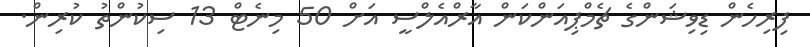
ފިރިހެން ޑިވިޝަންގެ ޗެމްޕިއަންކަން އާރްއެލްސީ އަށް 50 މިނެޓް 13 ސިކުންތު ކުރިން.